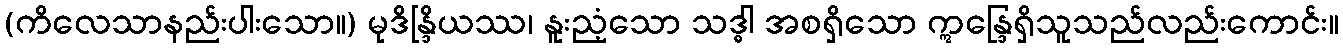
(ကိလေသာနည်းပါးသော။) မုဒိန္ဒြိယဿ၊ နူးညံ့သော သဒ္ဓါ အစရှိသော ဣန္ဒြေရှိသူသည်လည်းကောင်း။